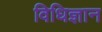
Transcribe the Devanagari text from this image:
विधिज्ञान